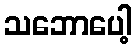
သဘောပေါ့